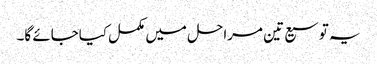
یہ توسیع تین مراحل میں مکمل کیاجائے گا۔